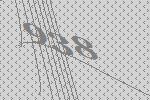
938